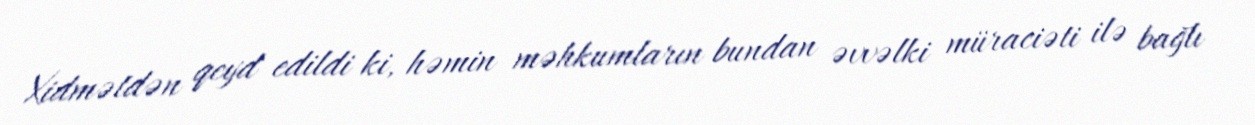
Xidmətdən qeyd edildi ki, həmin məhkumların bundan əvvəlki müraciəti ilə bağlı